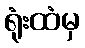
ရုံးထံမှ